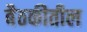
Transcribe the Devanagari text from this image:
बैठकीतील